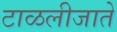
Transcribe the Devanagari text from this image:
टाळलीजाते